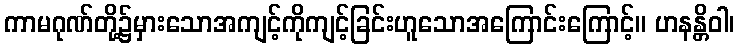
ကာမဂုဏ်တို့၌မှားသောအကျင့်ကိုကျင့်ခြင်းဟူသောအကြောင်းကြောင့်။ ဟနန္တိဝါ၊